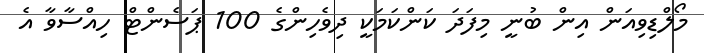
މޯލްޑިވިއަން އިން ބުނީ މިފަދަ ކަންކަމަކީ ދިވެހިންގެ 100 ޕަސެންޓް ހިއްސާވާ އެ